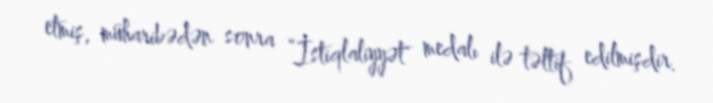
etmiş, müharibədən sonra “İstiqlaliyyət" medalı ilə təltif edilmişdir.